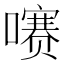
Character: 𫬐